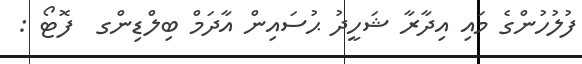
ފުލުހުންގެ މައި އިދާރާ ޝަހީދު ޙުސައިން އާދަމް ބިލްޑިންގ  ފޮޓޯ :